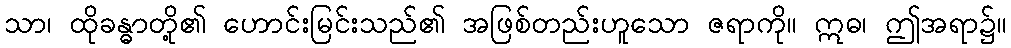
သာ၊ ထိုခန္ဓာတို့၏ ဟောင်းမြင်းသည်၏ အဖြစ်တည်းဟူသော ဇရာကို။ ဣဓ၊ ဤအရာ၌။